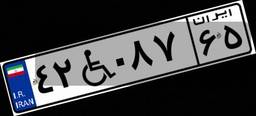
۹۸W۵۱۳۷۶